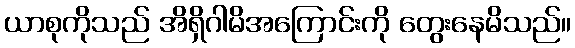
ယာစုကိုသည် အိရှိဂါမိအကြောင်းကို တွေးနေမိသည်။